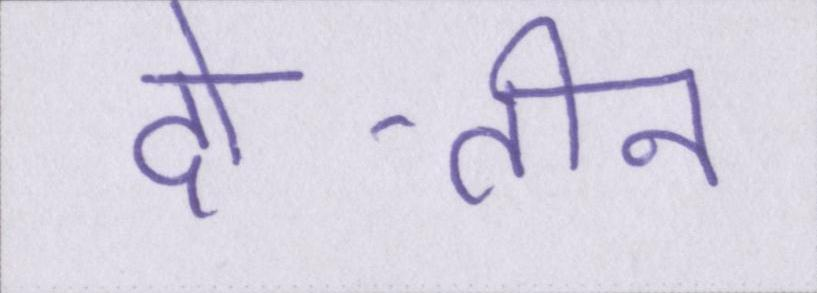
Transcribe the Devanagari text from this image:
दो-तीन